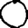
Digit: 0